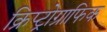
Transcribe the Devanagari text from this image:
क्रिप्ट्रोग्राफिक